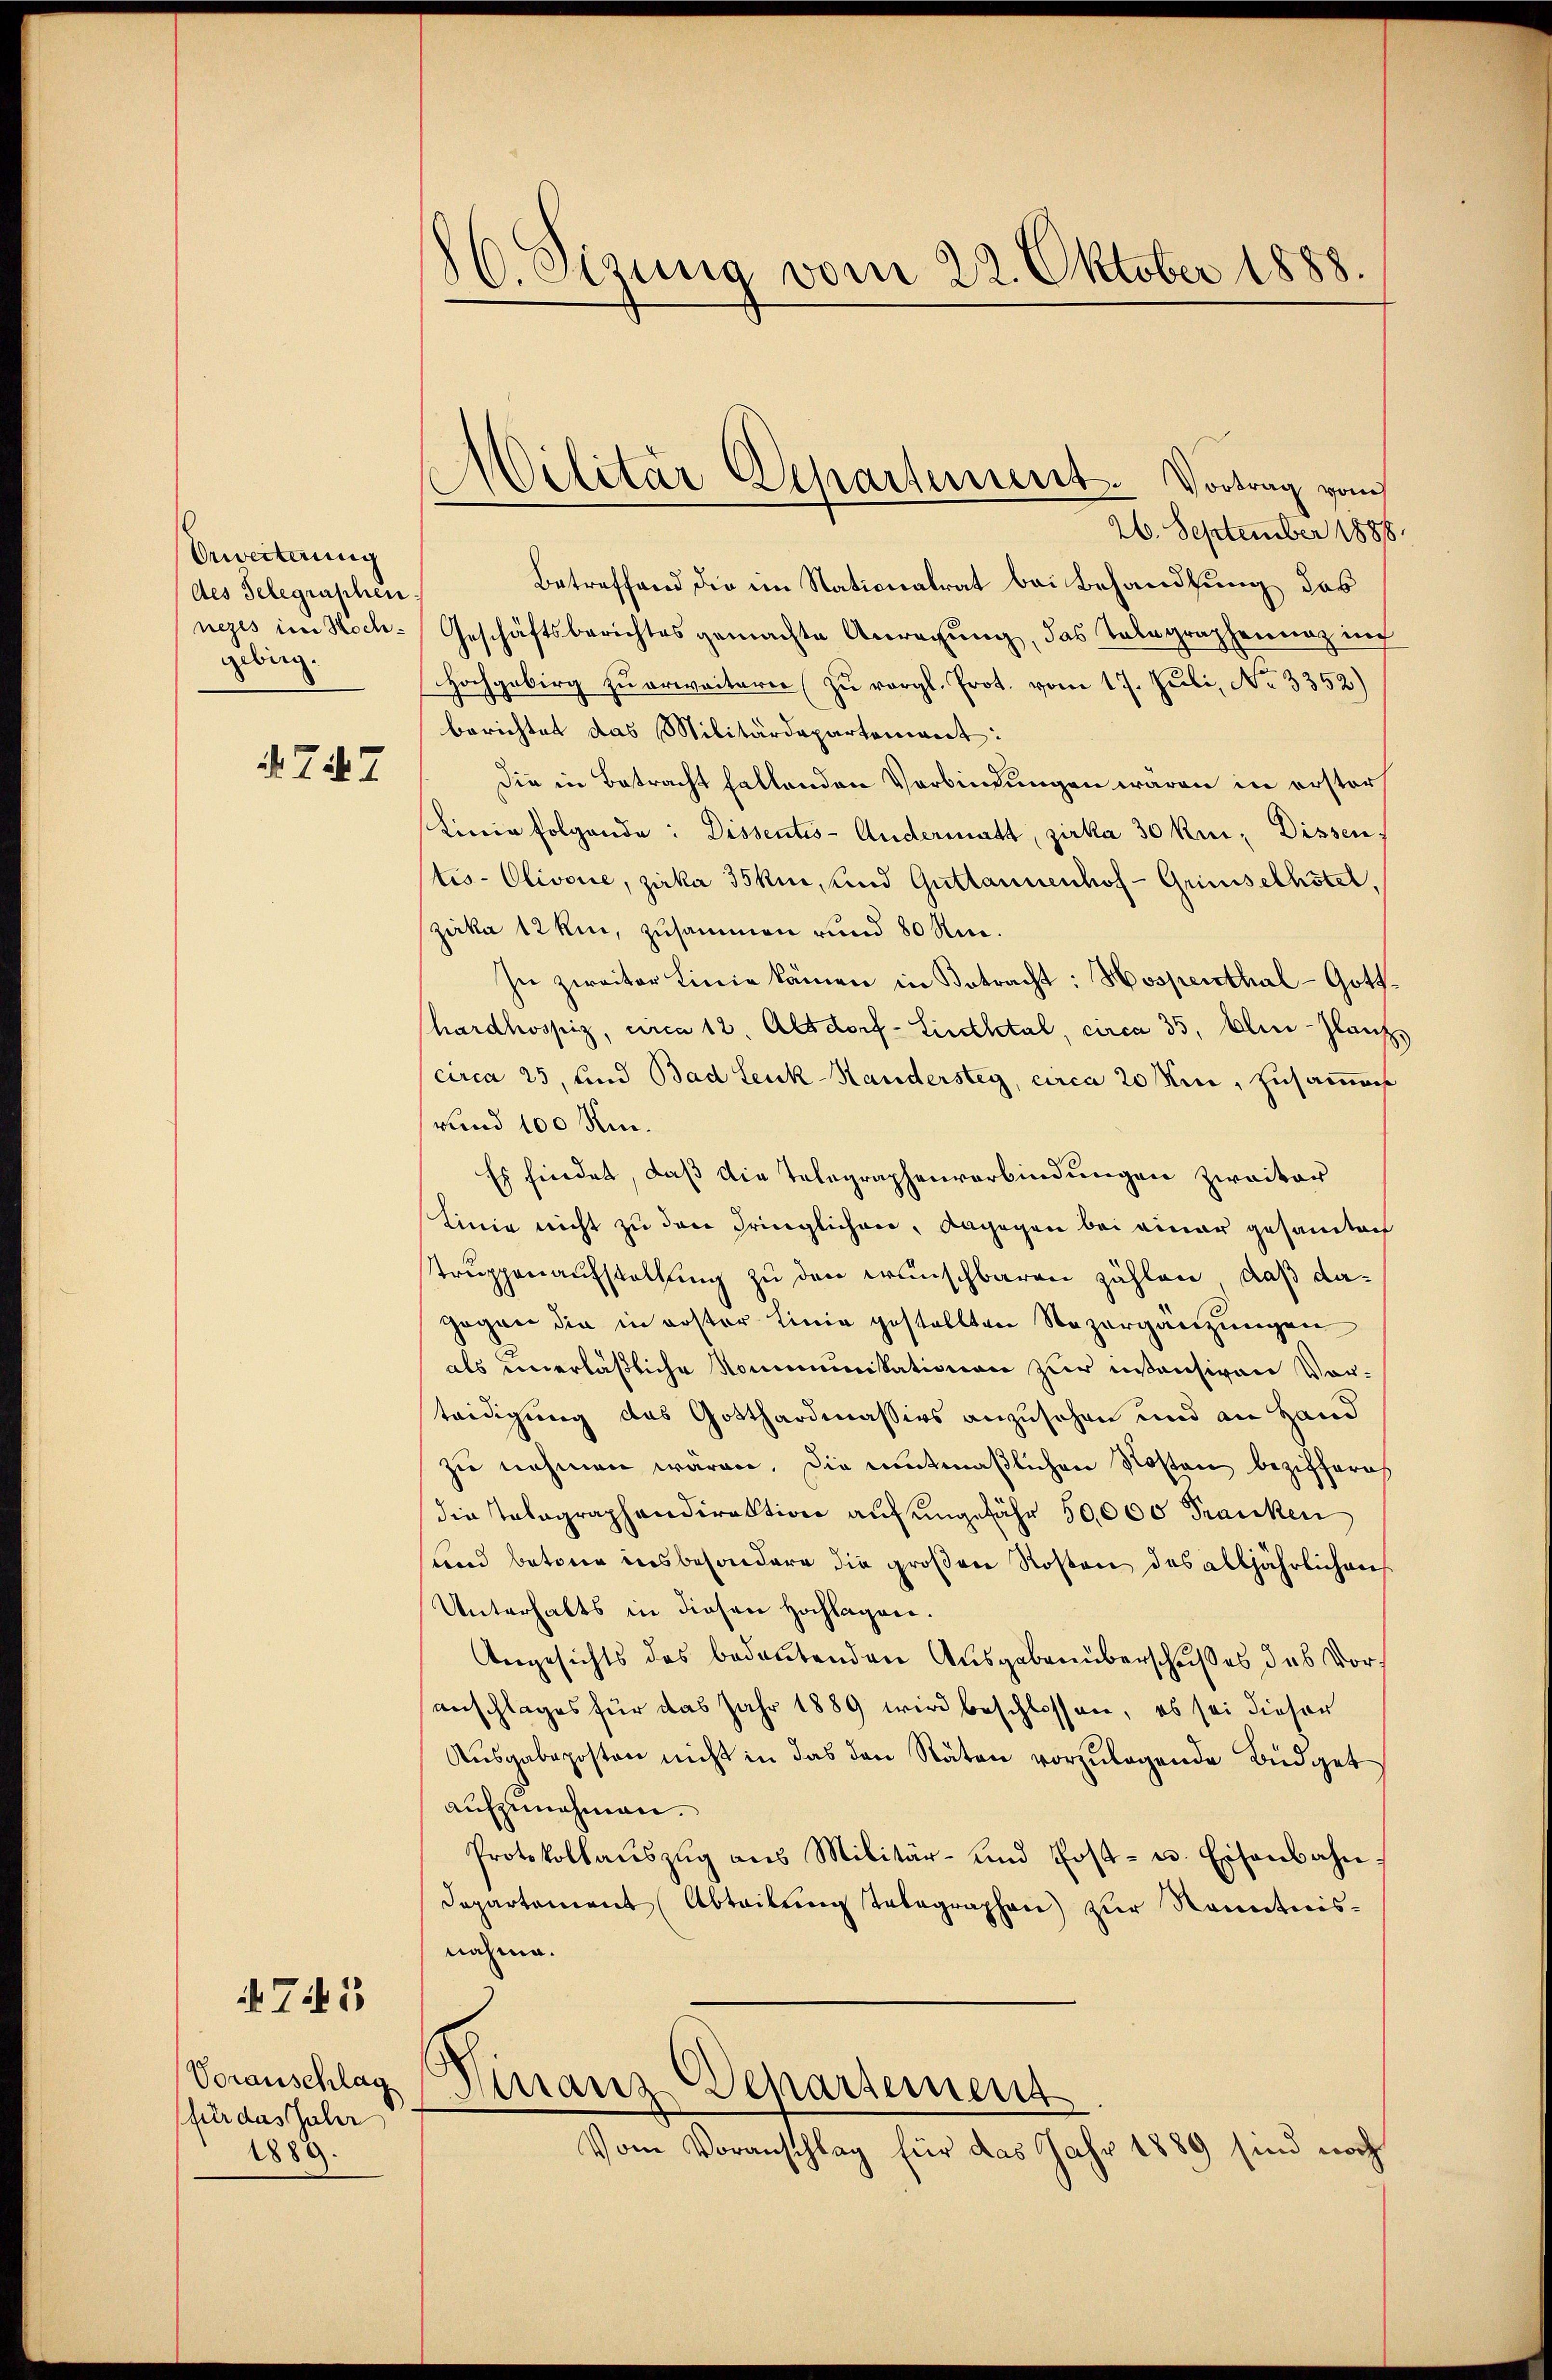
Erwerterung
des Telegraschen
nezes im Hoch-
gebirg.

A 747

4745

Voranschlag
(für das Jahr
1889.

E
86. Sizung vom 22. Oktober 1888.

Pilitär Separtement. Vortrag vom

26. September 1888
Betreffend die im Nationalrat bei Behandlung das
Geschäftsberichtes gemachte Anregung, das Telegraphenung in
Hochgebirg zu erweitere (zu vergl. Prot. vom 17. Juli, No 3352)
berichtet das Militärdepartement:
Die in Betracht fallenden Verbindungen waren in erster
Linie folgende: Dissentis-Andermatt, zirka 30 km Dissen.
tis-Olivone, zirka 35kur, und Guttannenhof - Grünselhötel,
zirka 12 km, zusammen und 80 Rm.
In zweiter Linie kämen in Betracht: Hospenthal- Gotthardhospiz, circa 12. Altdorf - Siedletal, circa 35, Alin-Glanz
circa 25, und Bad Leuk-Handersteg, circa 20 Mini, zusammens
rund 100 Ki
Es findet, daß die Telegraphenverbindungen zweiter
Linie nicht zu den dringlichen, dagegen bei einer gesandtach
truppenaufstellung zu den wünschbaren zählen, daß dagogen die in erster Linie gestellten Vazergänzungen
als unerläßliche Kommunikationen zur insensiven Vorteidigung des Gotthardmassivs anzusehen und an Hand
zu nehmen waren. Die eitmaßlichen Kosten beziffern
die Telegraphendirektion auf ungefähr 50,000 Franken
und betone insbesondere die großen Rosten des alljährlichen
Unterhalts in diesen Hochlagen.
Angesichts des bedeutenden Ausgabenüberschußes, das Voranschlages für das Jahr 1889 wird beschlossen, es sei dieser
Ausgabeposten nicht in das den Räten vorzulegende Büdget
aufzunehmen.
Protokollaŭszŭg ans Militär- und Post- u. Eisenbahn
Departament (Abteilŭng telegraphen) zur Kenntnis-
nahme.
Finanz-Departement
Vom Voranschlag für das Jahr 1889 sind noch